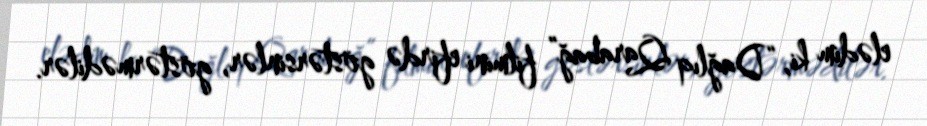
elədim ki, “Dağlıq Qarabağ” filmini efirdə göstərsinlər, göstərmədilər.